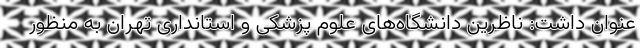
عنوان داشت: ناظرین دانشگاه‌های علوم پزشکی و استانداری تهران به منظور